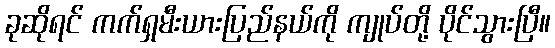
ခုဆိုရင် ကက်ရှမီးယားပြည်နယ်ကို ကျုပ်တို့ ပိုင်သွားပြီ။